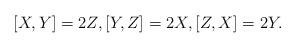
LaTeX: \begin{align*}[X,Y]=2Z, [Y,Z]=2X, [Z,X]=2Y.\end{align*}